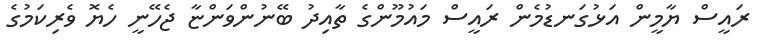
ރައީސް ޔާމީން އަޅުގަނޑުމެން ރައީސް މައުމޫންގެ ތާއިދު ބޭނުންވަންޏާ ޖެހޭނީ ހެޔޮ ވެރިކަމުގެ